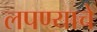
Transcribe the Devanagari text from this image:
लपण्याचे